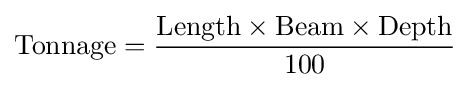
{\text{Tonnage}}={\frac {{\text{Length}}\times {\text{Beam}}\times {\text{Depth}}}{100}}